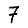
Digit: 7